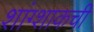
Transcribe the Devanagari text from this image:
शांग्शाकची